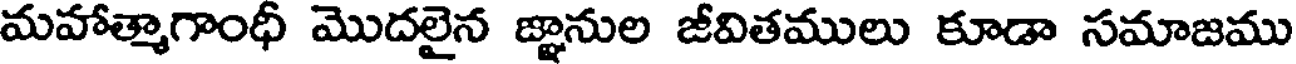
మహాత్మాగాంధీ మొదలైన జ్ఞానుల జీవితములు కూడా సమాజము